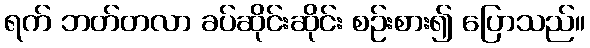
ရက် ဘတ်တလာ ခပ်ဆိုင်းဆိုင်း စဉ်းစား၍ ပြောသည်။